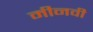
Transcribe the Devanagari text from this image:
मीनवी